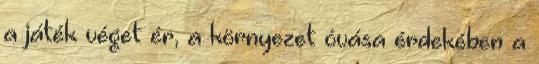
a játék véget ér, a környezet óvása érdekében a